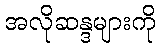
အလိုဆန္ဒများကို